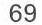
69